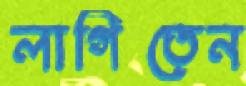
লাগিতেন